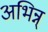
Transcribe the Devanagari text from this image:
अभिन्न्